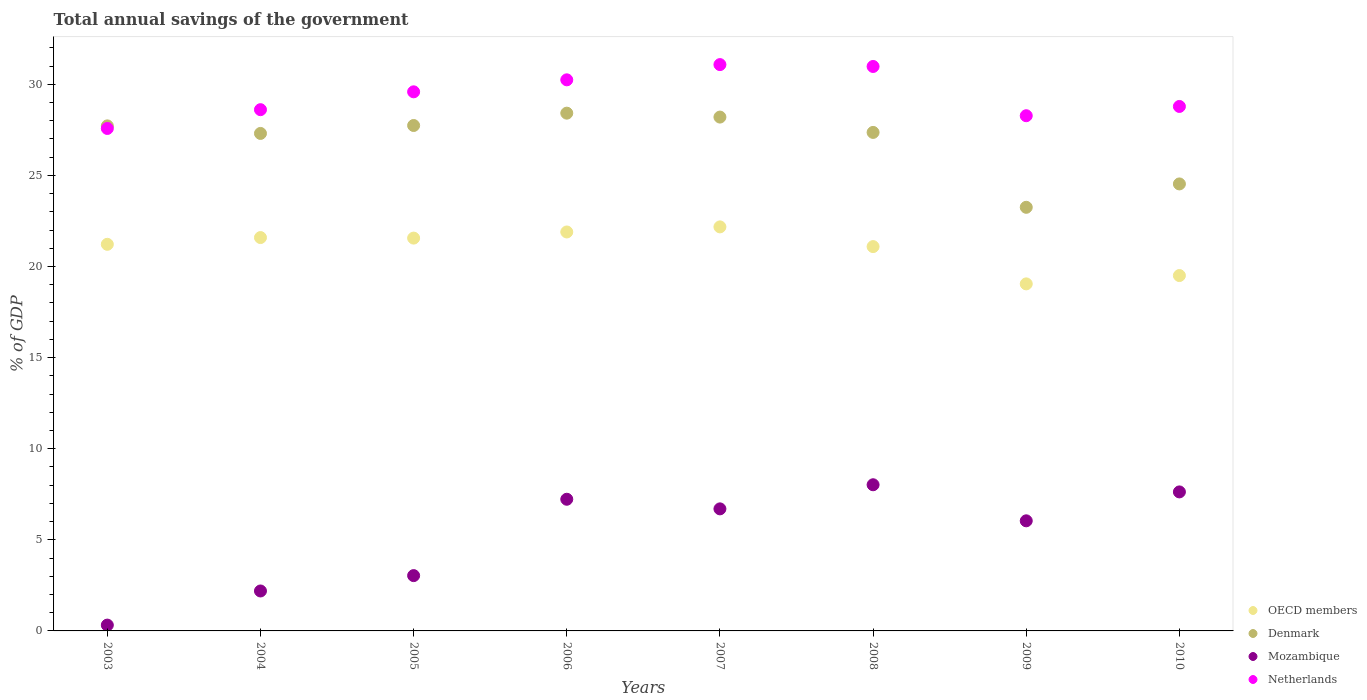
| Years | OECD members | Denmark | Mozambique | Netherlands |
 | --- | --- | --- | --- | --- |
 | 2003 | 21.2 | 27.7 | 0.319 | 27.6 |
 | 2004 | 21.6 | 27.3 | 2.19 | 28.6 |
 | 2005 | 21.6 | 27.7 | 3.04 | 29.6 |
 | 2006 | 21.9 | 28.4 | 7.23 | 30.2 |
 | 2007 | 22.2 | 28.2 | 6.7 | 31.1 |
 | 2008 | 21.1 | 27.4 | 8.02 | 31 |
 | 2009 | 19 | 23.2 | 6.04 | 28.3 |
 | 2010 | 19.5 | 24.5 | 7.63 | 28.8 |